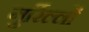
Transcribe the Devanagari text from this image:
गुर्रिल्लों